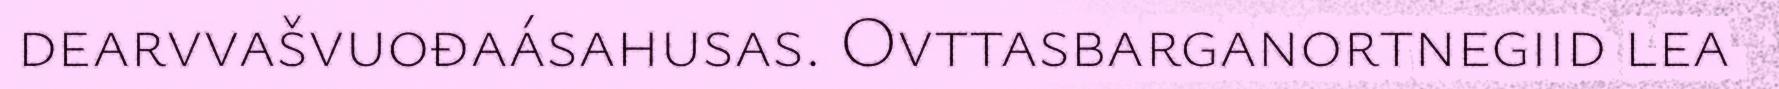
dearvvašvuođaásahusas. Ovttasbarganortnegiid lea